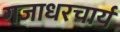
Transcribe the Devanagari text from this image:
गजाधरचार्य